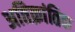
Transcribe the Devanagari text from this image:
अतिक्रांतिक